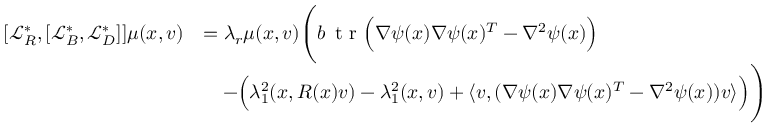
\begin{array} { r l } { [ \mathcal { L } _ { R } ^ { * } , [ \mathcal { L } _ { B } ^ { * } , \mathcal { L } _ { D } ^ { * } ] ] \mu ( x , v ) } & { = \lambda _ { r } \mu ( x , v ) \Bigg ( b \, \textnormal { t r } \Big ( \nabla \psi ( x ) \nabla \psi ( x ) ^ { T } - \nabla ^ { 2 } \psi ( x ) \Big ) } \\ & { \quad - \Big ( \lambda _ { 1 } ^ { 2 } ( x , R ( x ) v ) - \lambda _ { 1 } ^ { 2 } ( x , v ) + \langle v , ( \nabla \psi ( x ) \nabla \psi ( x ) ^ { T } - \nabla ^ { 2 } \psi ( x ) ) v \rangle \Big ) \Bigg ) } \end{array}